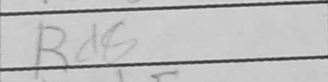
Transcription: Rd8